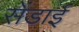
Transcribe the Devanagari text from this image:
सेंडाई